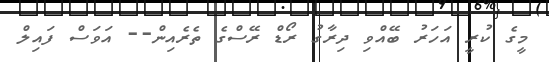
މީގެ ކުރީ އަހަރު ބޭއްވި ދިރާގު ރޯޑް ރޭސްގެ ތެެރެއިން-- އަވަސް ފައިލް